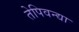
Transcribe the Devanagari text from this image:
तेपिवन्द्या